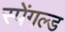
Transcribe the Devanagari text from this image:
स्पेंगल्ड